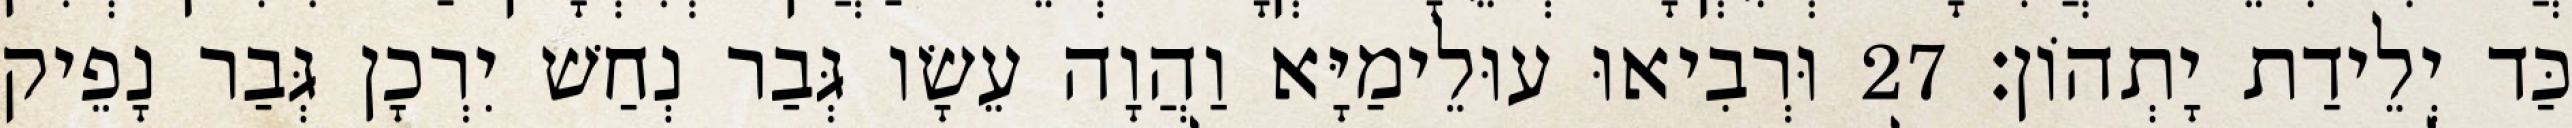
כַּד יְלֵידַת יָתְהוֹן׃ 27 וּרְבִיאוּ עוּלֵימַיָּא וַהֲוָה עֵשָׂו גְּבַר נְחַשׁ יִרְכָן גְּבַר נָפֵיק